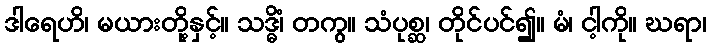
ဒါရေဟိ၊ မယားတို့နှင့်။ သဒ္ဓိံ၊ တကွ။ သံပုစ္ဆ၊ တိုင်ပင်၍။ မံ၊ ငါ့ကို။ ဃရာ၊